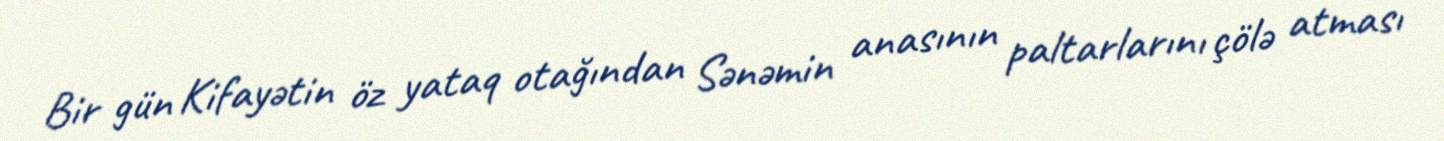
Bir gün Kifayətin öz yataq otağından Sənəmin anasının paltarlarını çölə atması